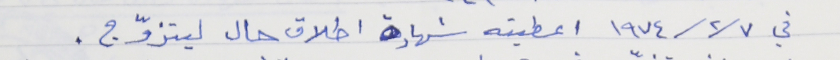
في ٧/ ٢/ ١٩٧٤ اعطيته شهادة اطلاق حال ليتزوّج .